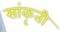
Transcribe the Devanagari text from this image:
सांकृती